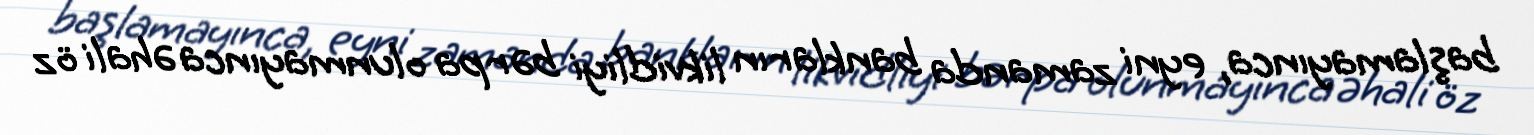
başlamayınca, eyni zamanda bankların likvidliyi bərpa olunmayınca əhali öz